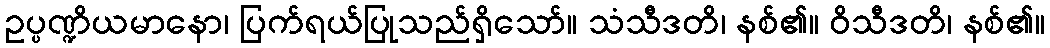
ဥပ္ပဏ္ဍိယမာနော၊ ပြက်ရယ်ပြုသည်ရှိသော်။ သံသီဒတိ၊ နစ်၏။ ဝိသီဒတိ၊ နစ်၏။